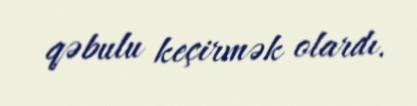
qəbulu keçirmək olardı.